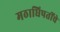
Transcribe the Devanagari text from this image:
मठाधिपतींचे